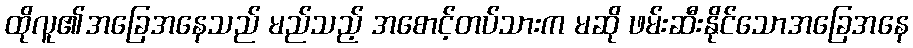
ထိုလူ၏အခြေအနေသည် မည်သည့် အစောင့်တပ်သားက မဆို ဖမ်းဆီးနိုင်သောအခြေအနေ